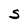
Character: S